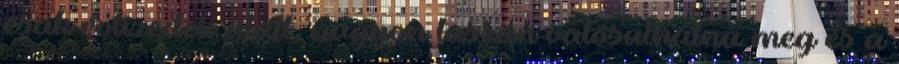
csak évtizedek alatt, nagyon lassan valósulhatna meg és a